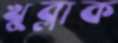
খুব্‌লাক